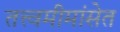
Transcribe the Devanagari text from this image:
तत्त्वमीमांसेत